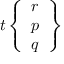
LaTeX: t \left\{ { \begin{array} { l } { r } \\ { p } \\ { q } \end{array} } \right\}